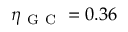
\eta _ { \mathrm { ~ G ~ C ~ } } = 0 . 3 6